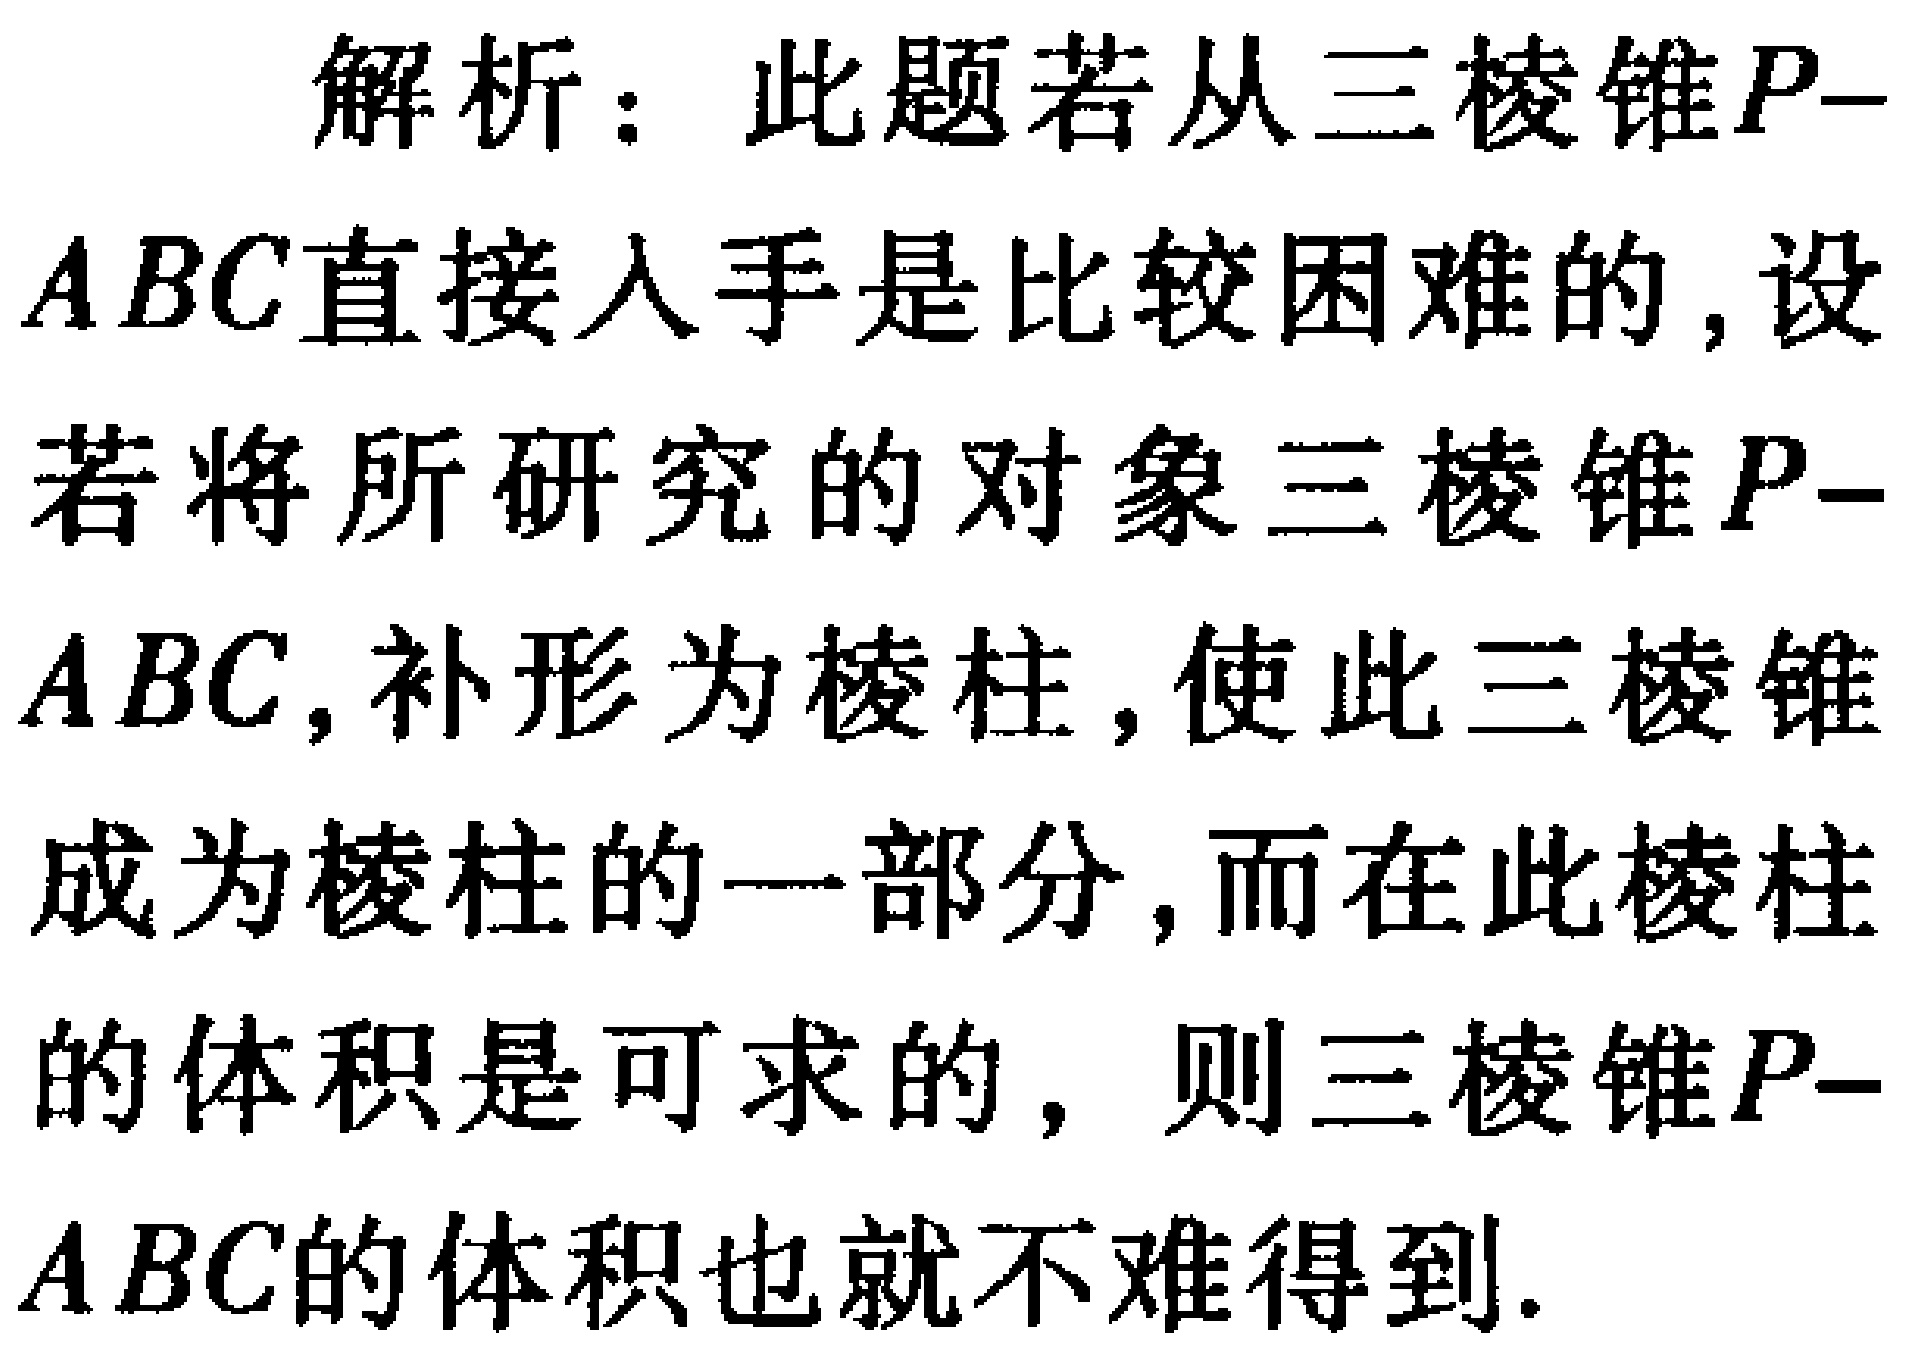
解析：此题若从三棱锥\(P - ABC\)直接入手是比较困难的, 设若将所研究的对象三棱锥\(P - ABC\), 补形为棱柱, 使此三棱锥成为棱柱的一部分, 而在此棱柱的体积是可求的, 则三棱锥\(P - ABC\)的体积也就不难得到.